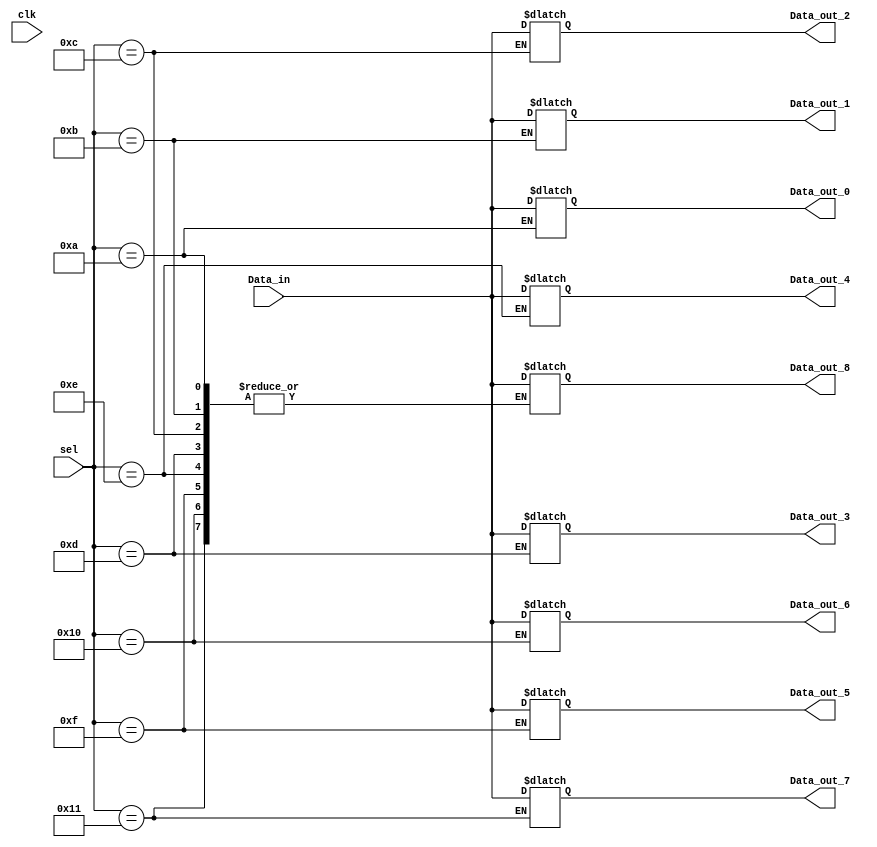
`timescale 1ns / 1ps

module demux1to9#(parameter CATCH_START_BIT = 10)
(
    clk,
    Data_in,
    sel,
    Data_out_0,
    Data_out_1,
    Data_out_2,
    Data_out_3,
    Data_out_4,
    Data_out_5,
    Data_out_6,
    Data_out_7,
    Data_out_8   
    );
    input clk;
    input Data_in;
    input [4:0] sel;
    output reg Data_out_0 = 0;
    output reg Data_out_1 = 0;
    output reg Data_out_2 = 0;
    output reg Data_out_3 = 0;
    output reg Data_out_4 = 0;
    output reg Data_out_5 = 0;
    output reg Data_out_6 = 0;
    output reg Data_out_7 = 0;
    output reg Data_out_8 = 0;

//always block with Data_in and sel in its sensitivity list
always @(clk)
    begin
        case (sel)
            CATCH_START_BIT : begin
                Data_out_0 = Data_in;
            end
            CATCH_START_BIT + 1 : begin
                Data_out_1 = Data_in;
            end
            CATCH_START_BIT + 2 : begin
                Data_out_2 = Data_in;
            end
            CATCH_START_BIT + 3 : begin
                Data_out_3 = Data_in;
            end
            CATCH_START_BIT + 4 : begin
                Data_out_4 = Data_in;
            end
            CATCH_START_BIT + 5 : begin
                Data_out_5 = Data_in;
            end
            CATCH_START_BIT + 6 : begin
                Data_out_6 = Data_in;
            end
            CATCH_START_BIT + 7 : begin
                Data_out_7 = Data_in;
            end
            default : begin
                Data_out_8 = Data_in;
            end
        endcase
    end

    endmodule